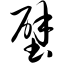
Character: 壁